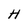
Character: H